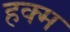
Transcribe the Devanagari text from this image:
हक्म